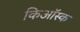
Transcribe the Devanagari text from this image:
किऑस्क